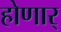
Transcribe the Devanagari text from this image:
होणार्